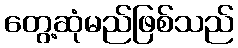
တွေ့ဆုံမည်ဖြစ်သည်